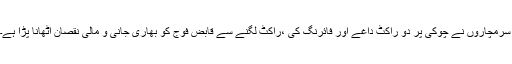
سرمچاروں نے چوکی پر دو راکٹ داغے اور فائرنگ کی ،راکٹ لگنے سے قابض فوج کو بھاری جانی و مالی نقصان اُٹھانا پڑا ہے۔